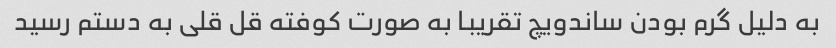
به دلیل گرم بودن ساندویچ تقریبا به صورت کوفته قل قلی به دستم رسید